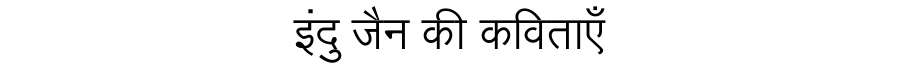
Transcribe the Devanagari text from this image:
इंदु जैन की कविताएँ